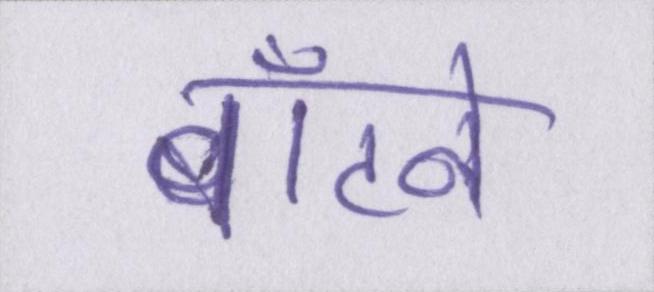
बाँटने